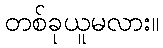
တစ်ခုယူမလား။